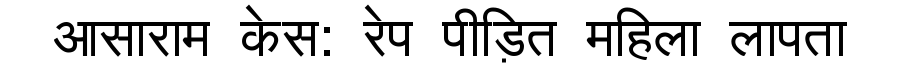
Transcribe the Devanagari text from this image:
आसाराम केस: रेप पीड़ित महिला लापता